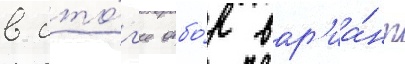
в ито́г'е отбо́р вар'иа́нт